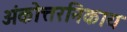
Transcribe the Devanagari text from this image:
अंकोत्तरनिकाय